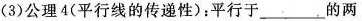
(3) 公理 4 (平行线的传递性)：平行于___的两